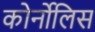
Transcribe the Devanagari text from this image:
कोर्नोलिस